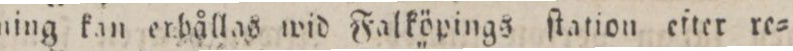
ning kan erhållas wid Falköpings ſtation efter re=